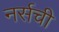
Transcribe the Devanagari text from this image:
नर्सची